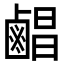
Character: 𪉨